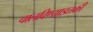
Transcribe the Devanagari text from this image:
चालविण्याइतकी